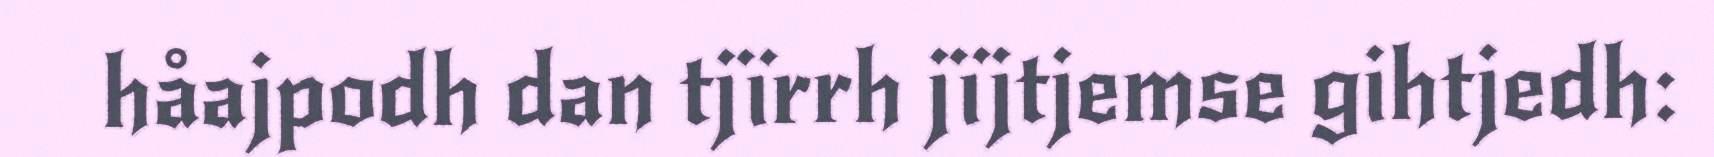
håajpodh dan tjïrrh jïjtjemse gihtjedh: